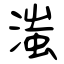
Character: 滍